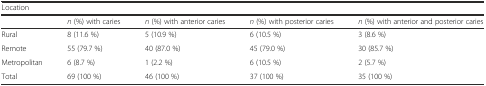
<table><thead><tr><td colspan="5"><b>Location</b></td></tr><tr><td></td><td><b><i>n</i> (%) with caries</b></td><td><b><i>n</i> (%) with anterior caries</b></td><td><b><i>n</i> (%) with posterior caries</b></td><td><b><i>n</i> (%) with anterior and posterior caries</b></td></tr></thead><tbody><tr><td>Rural</td><td>8 (11.6 %)</td><td>5 (10.9 %)</td><td>6 (10.5 %)</td><td>3 (8.6 %)</td></tr><tr><td>Remote</td><td>55 (79.7 %)</td><td>40 (87.0 %)</td><td>45 (79.0 %)</td><td>30 (85.7 %)</td></tr><tr><td>Metropolitan</td><td>6 (8.7 %)</td><td>1 (2.2 %)</td><td>6 (10.5 %)</td><td>2 (5.7 %)</td></tr><tr><td>Total</td><td>69 (100 %)</td><td>46 (100 %)</td><td>37 (100 %)</td><td>35 (100 %)</td></tr></tbody></table>